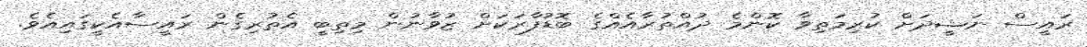
ރައީސް ނަޝީދަށް ކުރިމަތިވާ ކޮންމެ ދުއްތުރާއެއްގެ ބޮޑުފާރަކަށް ޒުވާނުން މިތިބީ އެތުރިގެން ރައީސާއެކީގައިއެވެ.